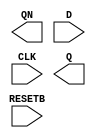
// Copyright 2020 Efabless Corporation
//
// Licensed under the Apache License, Version 2.0 (the "License");
// you may not use this file except in compliance with the License.
// You may obtain a copy of the License at
//
//      http://www.apache.org/licenses/LICENSE-2.0
//
// Unless required by applicable law or agreed to in writing, software
// distributed under the License is distributed on an "AS IS" BASIS,
// WITHOUT WARRANTIES OR CONDITIONS OF ANY KIND, either express or implied.
// See the License for the specific language governing permissions and
// limitations under the License.

(* blackbox *)
module sky130_fd_sc_hd__dfrbp_1  (output QN, input D, input CLK, output Q, input RESETB); endmodule
(* blackbox *)
module sky130_fd_sc_hd__inv_4 (input A, output Y); endmodule
(* blackbox *)
module sky130_fd_sc_hd__buf_1(input A, output X); endmodule
(* blackbox *)
module sky130_fd_sc_hd__clkbuf_1(input A, output X); endmodule
(* blackbox *)
module sky130_fd_sc_hd__clkbuf_2(input A, output X); endmodule
(* blackbox *)
module sky130_fd_sc_hd__clkinv_1(input A, output Y); endmodule
(* blackbox *)
module sky130_fd_sc_hd__clkinv_2(input A, output Y); endmodule
(* blackbox *)
module sky130_fd_sc_hd__clkinv_4(input A, output Y); endmodule
(* blackbox *)
module sky130_fd_sc_hd__clkinv_8(input A, output Y); endmodule
(* blackbox *)
module sky130_fd_sc_hd__conb_1(output HI, output LO); endmodule
(* blackbox *)
module sky130_fd_sc_hd__dfbbp_1(input CLK, input D, output Q, output QN, input RESETB, input SETB); endmodule
(* blackbox *)
module sky130_fd_sc_hd__einvn_4(input A, input TEB, output Z); endmodule
(* blackbox *)
module sky130_fd_sc_hd__einvn_8(input A, input TEB, output Z); endmodule
(* blackbox *)
module sky130_fd_sc_hd__einvp_1(input A, input TE, output Z); endmodule
(* blackbox *)
module sky130_fd_sc_hd__einvp_2(input A, input TE, output Z); endmodule
(* blackbox *)
module sky130_fd_sc_hd__or2_2(input A, B, output X); endmodule